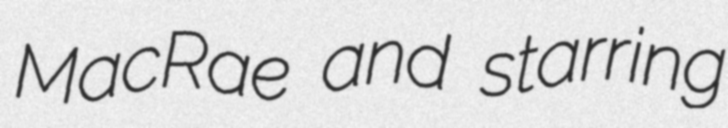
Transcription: MacRae and starring